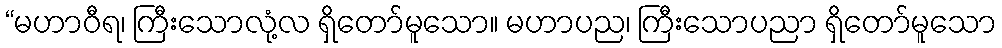
“မဟာဝီရ၊ ကြီးသောလုံ့လ ရှိတော်မူသော။ မဟာပည၊ ကြီးသောပညာ ရှိတော်မူသော